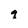
Character: q